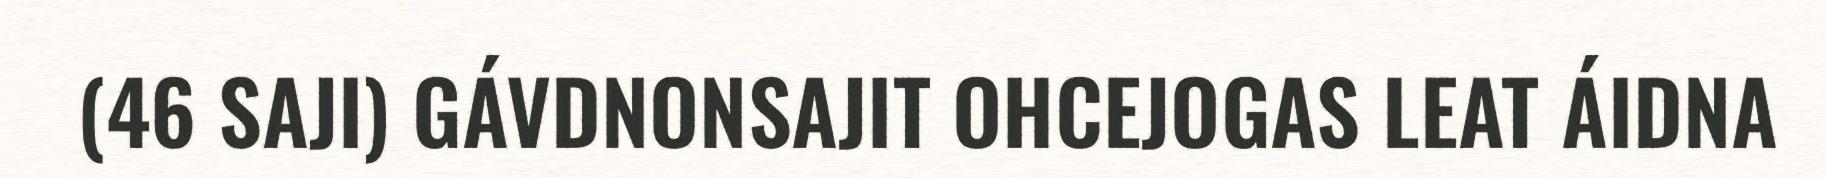
(46 SAJI) GÁVDNONSAJIT OHCEJOGAS LEAT ÁIDNA